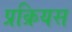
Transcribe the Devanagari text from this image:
प्रक्रियस